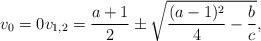
LaTeX: \begin{align*}v_0=0 v_{1,2}=\frac{a+1}{2}\pm \sqrt{\frac{(a-1)^2}{4} -\frac{b}{c}},\end{align*}